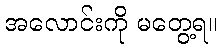
အလောင်းကို မတွေ့ရ။